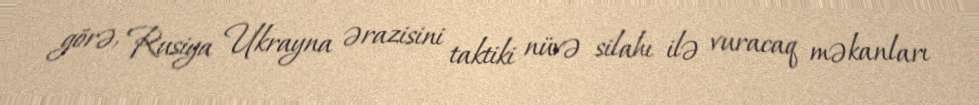
görə, Rusiya Ukrayna ərazisini taktiki nüvə silahı ilə vuracaq məkanları